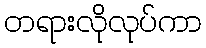
တရားလိုလုပ်ကာ